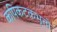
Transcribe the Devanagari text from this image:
कपिकटकभृतो